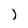
Character: J